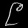
Digit: ၉